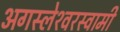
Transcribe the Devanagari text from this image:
अगस्‍लेश्‍वरस्‍वामी